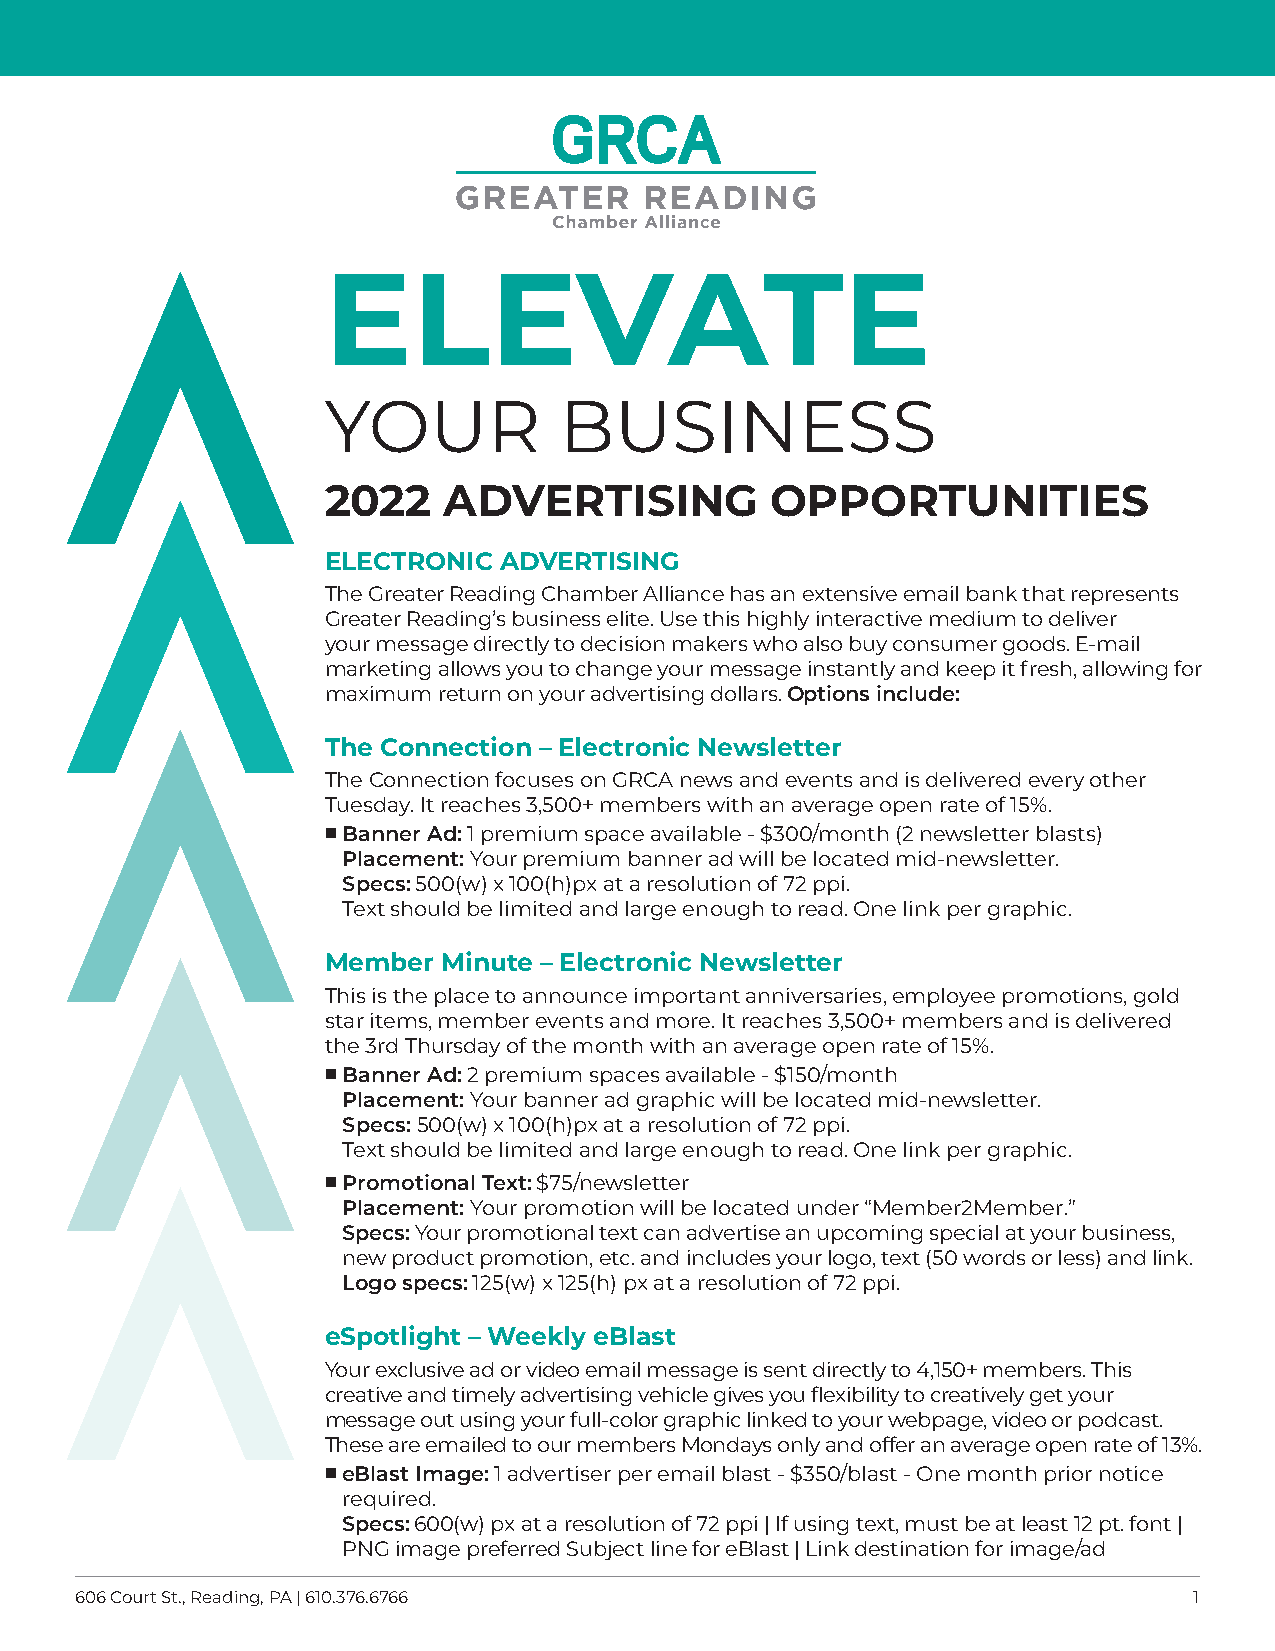
ELEVATE
 YOUR            BUSINESS
 2022    ADVERTISING           OPPORTUNITIES
 ELECTRONIC  ADVERTISING
 The Greater Reading Chamber Alliance has an extensive email bank that represents
 Greater Reading’s business elite. Use this highly interactive medium to deliver
 your message directly to decision makers who also buy consumer goods. E-mail
 marketing allows you to change your message instantly and keep it fresh, allowing for
 maximum return on your advertising dollars. Options include:
 The Connection – Electronic Newsletter
 The Connection focuses on GRCA news and events and is delivered every other
 Tuesday. It reaches 3,500+ members with an average open rate of 15%.
  B anner Ad: 1 premium space available - $300/month (2 newsletter blasts)
 Placement: Your premium banner ad will be located mid-newsletter.
 Specs: 500(w) x 100(h)px at a resolution of 72 ppi.
 Text should be limited and large enough to read. One link per graphic.
 Member  Minute – Electronic Newsletter
 This is the place to announce important anniversaries, employee promotions, gold
 star items, member events and more. It reaches 3,500+ members and is delivered
 the 3rd Thursday of the month with an average open rate of 15%.
  B anner Ad: 2 premium spaces available - $150/month
 Placement: Your banner ad graphic will be located mid-newsletter.
 Specs: 500(w) x 100(h)px at a resolution of 72 ppi.
 Text should be limited and large enough to read. One link per graphic.
  P romotional Text: $75/newsletter
 Placement: Your promotion will be located under “Member2Member.”
 Specs: Your promotional text can advertise an upcoming special at your business,
 new product promotion, etc. and includes your logo, text (50 words or less) and link.
 Logo specs: 125(w) x 125(h) px at a resolution of 72 ppi.
 eSpotlight – Weekly eBlast
 Your exclusive ad or video email message is sent directly to 4,150+ members. This
 creative and timely advertising vehicle gives you flexibility to creatively get your
 message out using your full-color graphic linked to your webpage, video or podcast.
 These are emailed to our members Mondays only and offer an average open rate of 13%.
  e Blast Image: 1 advertiser per email blast - $350/blast - One month prior notice
 required.
 Specs: 600(w) px at a resolution of 72 ppi | If using text, must be at least 12 pt. font |
 PNG image preferred Subject line for eBlast | Link destination for image/ad
 606 Court St., Reading, PA | 610.376.6766                                 1